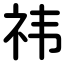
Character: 祎